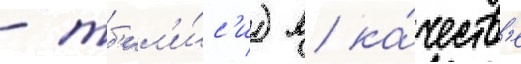
- тб'ил'и́с'и) в ка́честв'е